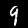
Digit: 9